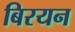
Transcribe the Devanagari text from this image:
बिरयन